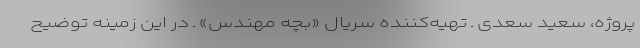
پروژه، سعید سعدی ـ تهیه‌کننده سریال «بچه مهندس» ـ در این زمینه توضیح